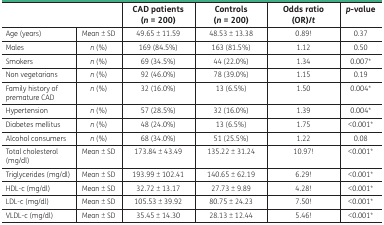
|  |  | CAD patients (n = 200) | Controls (n = 200) | Odds ratio (OR)/t | p-value |
 | --- | --- | --- | --- | --- | --- |
 | Age (years) | Mean ± SD | 49.65 ± 11.59 | 48.53 ± 13.38 | 0.89! | 0.37 |
 | Males | n (%) | 169 (84.5%) | 163 (81.5%) | 1.12 | 0.50 |
 | Smokers | n (%) | 69 (34.5%) | 44 (22.0%) | 1.34 | 0.007* |
 | Non vegetarians | n (%) | 92 (46.0%) | 78 (39.0%) | 1.15 | 0.19 |
 | Family history of premature CAD | n (%) | 32 (16.0%) | 13 (6.5%) | 1.50 | 0.004* |
 | Hypertension | n (%) | 57 (28.5%) | 32 (16.0%) | 1.39 | 0.004* |
 | Diabetes mellitus | n (%) | 48 (24.0%) | 13 (6.5%) | 1.75 | <0.001* |
 | Alcohol consumers | n (%) | 68 (34.0%) | 51 (25.5%) | 1.22 | 0.08 |
 | Total cholesterol (mg/dl) | Mean ± SD | 173.84 ± 43.49 | 135.22 ± 31.24 | 10.97! | <0.001* |
 | Triglycerides (mg/dl) | Mean ± SD | 193.99 ± 102.41 | 140.65 ± 62.19 | 6.29! | <0.001* |
 | HDL-c (mg/dl) | Mean ± SD | 32.72 ± 13.17 | 27.73 ± 9.89 | 4.28! | <0.001* |
 | LDL-c (mg/dl) | Mean ± SD | 105.53 ± 39.92 | 80.75 ± 24.23 | 7.50! | <0.001* |
 | VLDL-c (mg/dl) | Mean ± SD | 35.45 ± 14.30 | 28.13 ± 12.44 | 5.46! | <0.001* |